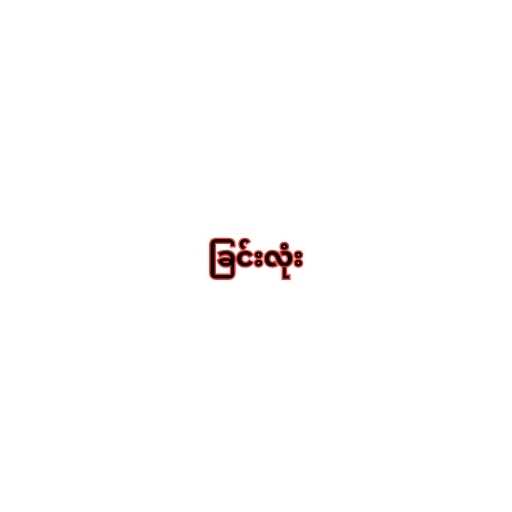
ခြင်းလုံး